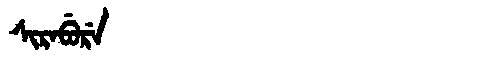
Manchu: ᠰᡳᡵᠠᠪᡠᡵᡝ
Romanization: SIRABURE